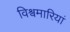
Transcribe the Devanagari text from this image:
विश्वमारियां